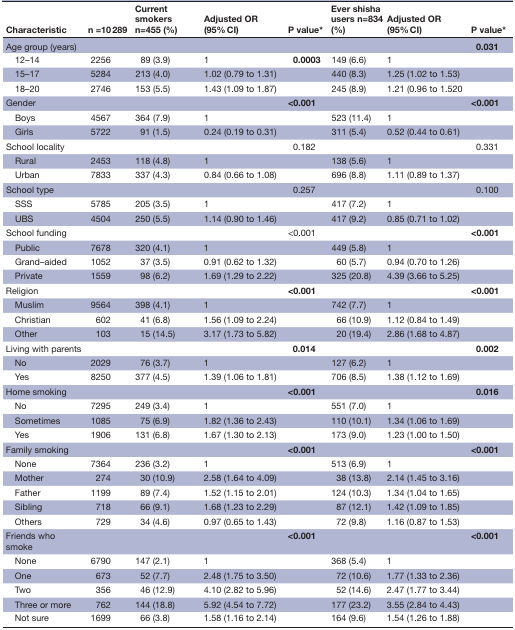
<table><thead><tr><td><b>Characteristic</b></td><td><b>n =10 289</b></td><td><b>Current smokers n=455 (%)</b></td><td><b>Adjusted OR (95% CI)</b></td><td><b>P value*</b></td><td><b>Ever shisha users n=834 (%)</b></td><td><b>Adjusted OR (95% CI)</b></td><td><b>P value*</b></td></tr></thead><tbody><tr><td>Age group (years)</td><td></td><td></td><td></td><td></td><td></td><td></td><td><b>0.031</b></td></tr><tr><td> 12–14</td><td>2256</td><td>89 (3.9)</td><td>1</td><td><b>0.0003</b></td><td>149 (6.6)</td><td>1</td><td></td></tr><tr><td> 15–17</td><td>5284</td><td>213 (4.0)</td><td>1.02 (0.79 to 1.31)</td><td></td><td>440 (8.3)</td><td>1.25 (1.02 to 1.53)</td><td></td></tr><tr><td> 18–20</td><td>2746</td><td>153 (5.5)</td><td>1.43 (1.09 to 1.87)</td><td></td><td>245 (8.9)</td><td>1.21 (0.96 to 1.520</td><td></td></tr><tr><td>Gender</td><td></td><td></td><td></td><td><b>&lt;0.001</b></td><td></td><td></td><td><b>&lt;0.001</b></td></tr><tr><td> Boys</td><td>4567</td><td>364 (7.9)</td><td>1</td><td></td><td>523 (11.4)</td><td>1</td><td></td></tr><tr><td> Girls</td><td>5722</td><td>91 (1.5)</td><td>0.24 (0.19 to 0.31)</td><td></td><td>311 (5.4)</td><td>0.52 (0.44 to 0.61)</td><td></td></tr><tr><td>School locality</td><td></td><td></td><td></td><td>0.182</td><td></td><td></td><td>0.331</td></tr><tr><td> Rural</td><td>2453</td><td>118 (4.8)</td><td>1</td><td></td><td>138 (5.6)</td><td>1</td><td></td></tr><tr><td> Urban</td><td>7833</td><td>337 (4.3)</td><td>0.84 (0.66 to 1.08)</td><td></td><td>696 (8.8)</td><td>1.11 (0.89 to 1.37)</td><td></td></tr><tr><td>School type</td><td></td><td></td><td></td><td>0.257</td><td></td><td></td><td>0.100</td></tr><tr><td> SSS</td><td>5785</td><td>205 (3.5)</td><td>1</td><td></td><td>417 (7.2)</td><td>1</td><td></td></tr><tr><td> UBS</td><td>4504</td><td>250 (5.5)</td><td>1.14 (0.90 to 1.46)</td><td></td><td>417 (9.2)</td><td>0.85 (0.71 to 1.02)</td><td></td></tr><tr><td>School funding</td><td></td><td></td><td></td><td>&lt;0.001</td><td></td><td></td><td><b>&lt;0.001</b></td></tr><tr><td> Public</td><td>7678</td><td>320 (4.1)</td><td>1</td><td></td><td>449 (5.8)</td><td>1</td><td></td></tr><tr><td> Grand–aided</td><td>1052</td><td>37 (3.5)</td><td>0.91 (0.62 to 1.32)</td><td></td><td>60 (5.7)</td><td>0.94 (0.70 to 1.26)</td><td></td></tr><tr><td> Private</td><td>1559</td><td>98 (6.2)</td><td>1.69 (1.29 to 2.22)</td><td></td><td>325 (20.8)</td><td>4.39 (3.66 to 5.25)</td><td></td></tr><tr><td>Religion</td><td></td><td></td><td></td><td><b>&lt;0.001</b></td><td></td><td></td><td><b>&lt;0.001</b></td></tr><tr><td> Muslim</td><td>9564</td><td>398 (4.1)</td><td>1</td><td></td><td>742 (7.7)</td><td>1</td><td></td></tr><tr><td> Christian</td><td>602</td><td>41 (6.8)</td><td>1.56 (1.09 to 2.24)</td><td></td><td>66 (10.9)</td><td>1.12 (0.84 to 1.49)</td><td></td></tr><tr><td> Other</td><td>103</td><td>15 (14.5)</td><td>3.17 (1.73 to 5.82)</td><td></td><td>20 (19.4)</td><td>2.86 (1.68 to 4.87)</td><td></td></tr><tr><td>Living with parents</td><td></td><td></td><td></td><td><b>0.014</b></td><td></td><td></td><td><b>0.002</b></td></tr><tr><td> No</td><td>2029</td><td>76 (3.7)</td><td>1</td><td></td><td>127 (6.2)</td><td>1</td><td></td></tr><tr><td> Yes</td><td>8250</td><td>377 (4.5)</td><td>1.39 (1.06 to 1.81)</td><td></td><td>706 (8.5)</td><td>1.38 (1.12 to 1.69)</td><td></td></tr><tr><td>Home smoking</td><td></td><td></td><td></td><td><b>&lt;0.001</b></td><td></td><td></td><td><b>0.016</b></td></tr><tr><td> No</td><td>7295</td><td>249 (3.4)</td><td>1</td><td></td><td>551 (7.0)</td><td>1</td><td></td></tr><tr><td> Sometimes</td><td>1085</td><td>75 (6.9)</td><td>1.82 (1.36 to 2.43)</td><td></td><td>110 (10.1)</td><td>1.34 (1.06 to 1.69)</td><td></td></tr><tr><td> Yes</td><td>1906</td><td>131 (6.8)</td><td>1.67 (1.30 to 2.13)</td><td></td><td>173 (9.0)</td><td>1.23 (1.00 to 1.50)</td><td></td></tr><tr><td>Family smoking</td><td></td><td></td><td></td><td><b>&lt;0.001</b></td><td></td><td></td><td><b>&lt;0.001</b></td></tr><tr><td> None</td><td>7364</td><td>236 (3.2)</td><td>1</td><td></td><td>513 (6.9)</td><td>1</td><td></td></tr><tr><td> Mother</td><td>274</td><td>30 (10.9)</td><td>2.58 (1.64 to 4.09)</td><td></td><td>38 (13.8)</td><td>2.14 (1.45 to 3.16)</td><td></td></tr><tr><td> Father</td><td>1199</td><td>89 (7.4)</td><td>1.52 (1.15 to 2.01)</td><td></td><td>124 (10.3)</td><td>1.34 (1.04 to 1.65)</td><td></td></tr><tr><td> Sibling</td><td>718</td><td>66 (9.1)</td><td>1.68 (1.23 to 2.29)</td><td></td><td>87 (12.1)</td><td>1.42 (1.09 to 1.85)</td><td></td></tr><tr><td> Others</td><td>729</td><td>34 (4.6)</td><td>0.97 (0.65 to 1.43)</td><td></td><td>72 (9.8)</td><td>1.16 (0.87 to 1.53)</td><td></td></tr><tr><td>Friends who smoke</td><td></td><td></td><td></td><td><b>&lt;0.001</b></td><td></td><td></td><td><b>&lt;0.001</b></td></tr><tr><td> None</td><td>6790</td><td>147 (2.1)</td><td>1</td><td></td><td>368 (5.4)</td><td>1</td><td></td></tr><tr><td> One</td><td>673</td><td>52 (7.7)</td><td>2.48 (1.75 to 3.50)</td><td></td><td>72 (10.6)</td><td>1.77 (1.33 to 2.36)</td><td></td></tr><tr><td> Two</td><td>356</td><td>46 (12.9)</td><td>4.10 (2.82 to 5.96)</td><td></td><td>52 (14.6)</td><td>2.47 (1.77 to 3.44)</td><td></td></tr><tr><td> Three or more</td><td>762</td><td>144 (18.8)</td><td>5.92 (4.54 to 7.72)</td><td></td><td>177 (23.2)</td><td>3.55 (2.84 to 4.43)</td><td></td></tr><tr><td> Not sure</td><td>1699</td><td>66 (3.8)</td><td>1.58 (1.16 to 2.14)</td><td></td><td>164 (9.6)</td><td>1.54 (1.26 to 1.88)</td><td></td></tr></tbody></table>